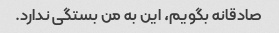
صادقانه بگویم، این به من بستگی ندارد.